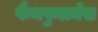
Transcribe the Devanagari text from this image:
फैथफुलनेस